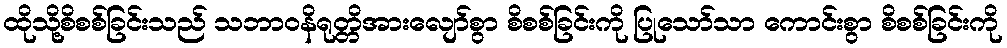
ထိုသို့စိစစ်ခြင်းသည် သဘာဝနိရုတ္တိအားလျော်စွာ စိစစ်ခြင်းကို ပြုသော်သာ ကောင်းစွာ စိစစ်ခြင်းကို